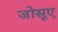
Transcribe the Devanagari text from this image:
जोसूए